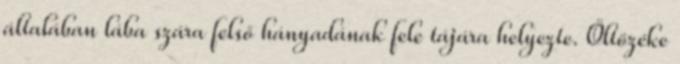
általában lába szára felső hányadának fele tájára helyezte. Öltözéke